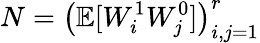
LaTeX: N=\left(\mathbb{E}[W_{i}^{1}W_{j}^{0}]\right)_{i,j=1}^{r}